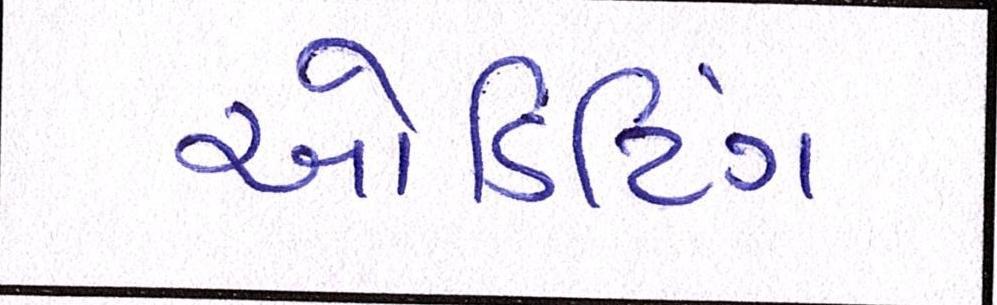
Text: ઓડિટિંગ